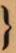
}